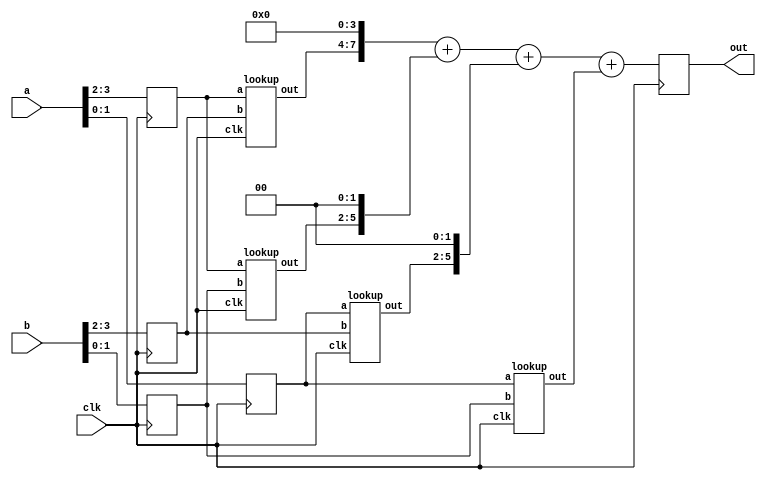
module mult4x4(out,a,b,clk);
output[7:0] out;
input[3:0] a,b;
input clk;
reg[7:0] out;
reg[1:0] firsta,firstb;
reg[1:0] seconda,secondb;
wire[3:0] outa,outb,outc,outd;

always @(posedge clk)
begin
	firsta = a[3:2];  seconda = a[1:0];
	firstb = b[3:2];  secondb = b[1:0];
end

lookup 	m1(outa,firsta,firstb,clk),
   	m2(outb,firsta,secondb,clk),
   	m3(outc,seconda,firstb,clk),
       	m4(outd,seconda,secondb,clk);
       	
       	
always @(posedge clk)
begin
out = (outa << 4) + (outb << 2) + (outc << 2) + outd;
end
endmodule

module lookup(out,a,b,clk);
output[3:0] out;
input[1:0] a,b;
input clk;
reg[3:0] out;
reg[3:0] address;
always @(posedge clk)
begin
  address = {a,b};
  case(address)
	4'h0 : out = 4'b0000;
	4'h1 : out = 4'b0000;
	4'h2 : out = 4'b0000;
	4'h3 : out = 4'b0000;
	4'h4 : out = 4'b0000;
	4'h5 : out = 4'b0001;
	4'h6 : out = 4'b0010;
	4'h7 : out = 4'b0011;
	4'h8 : out = 4'b0000;
	4'h9 : out = 4'b0010;
	4'ha : out = 4'b0100;
	4'hb : out = 4'b0110;
	4'hc : out = 4'b0000;
	4'hd : out = 4'b0011;
	4'he : out = 4'b0110;
	4'hf : out = 4'b1001;
	default : out='bx;
  endcase
end
endmodule